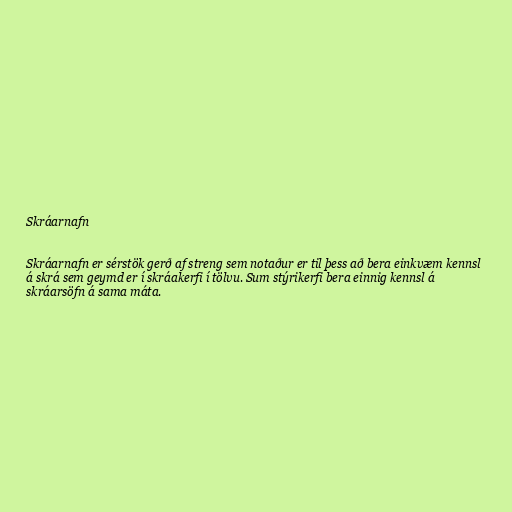
Skráarnafn

Skráarnafn er sérstök gerð af streng sem notaður er til þess að bera einkvæm kennsl
á skrá sem geymd er í skráakerfi í tölvu. Sum stýrikerfi bera einnig kennsl á
skráarsöfn á sama máta.